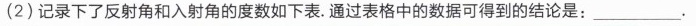
(2)记录下了反射角和入射角的度数如下表。通过表格中的数据可得到的结论是：___